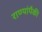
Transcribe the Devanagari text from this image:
राण्यांपैकी